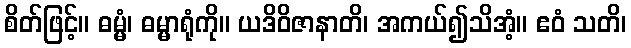
စိတ်ဖြင့်။ ဓမ္မံ၊ ဓမ္မာရုံကို။ ယဒိဝိဇာနာတိ၊ အကယ်၍သိအံ့။ ဧဝံ သတိ၊